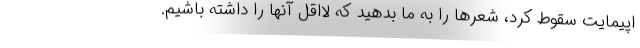
اپیمایت سقوط کرد، شعرها را به ما بدهید که لااقل آنها را داشته باشیم.